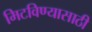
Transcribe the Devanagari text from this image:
मिटविण्यासाठी